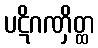
ပဋိဂဏှိတ္ထ